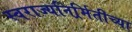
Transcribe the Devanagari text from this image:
स्वराज्यनिर्र्मितीच्या